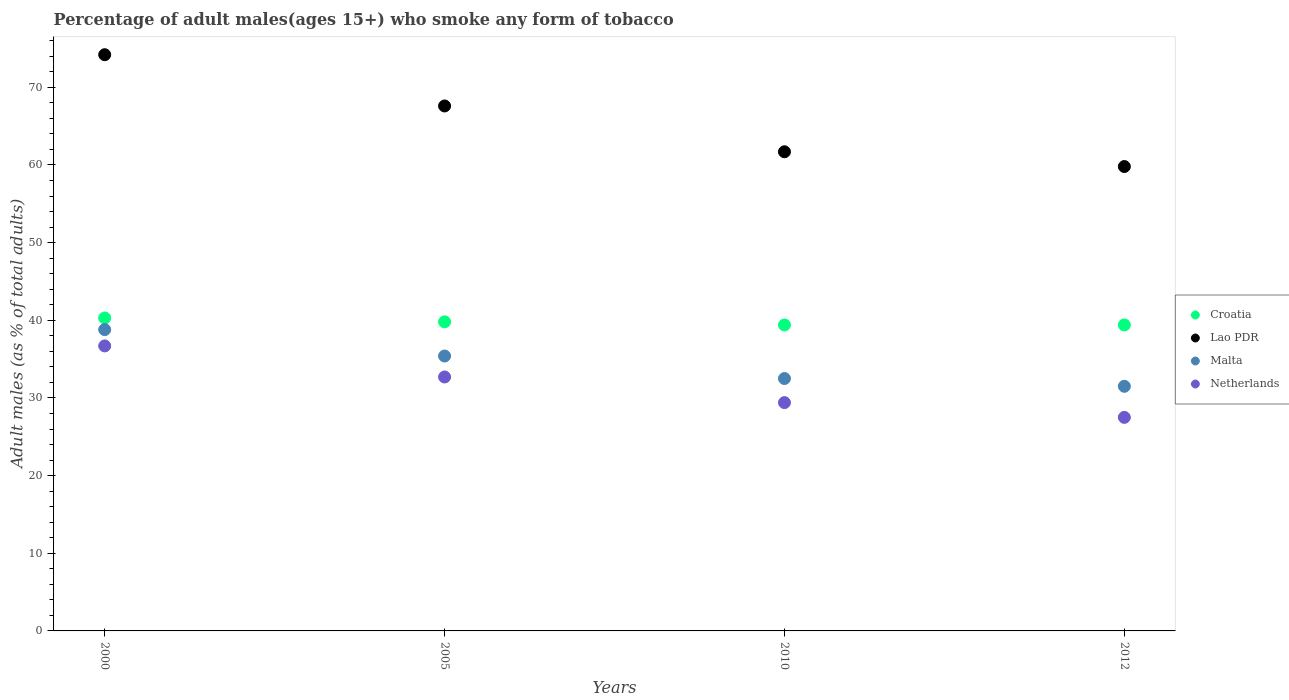
| Years | Croatia | Lao PDR | Malta | Netherlands |
 | --- | --- | --- | --- | --- |
 | 2000 | 40.3 | 74.2 | 38.8 | 36.7 |
 | 2005 | 39.8 | 67.6 | 35.4 | 32.7 |
 | 2010 | 39.4 | 61.7 | 32.5 | 29.4 |
 | 2012 | 39.4 | 59.8 | 31.5 | 27.5 |